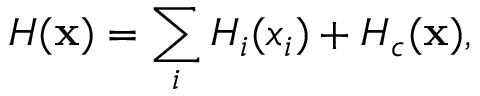
H ( \mathbf { x } ) = \sum _ { i } { H _ { i } ( x _ { i } ) } + H _ { c } ( \mathbf { x } ) ,